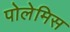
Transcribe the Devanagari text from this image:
पोलेमिस